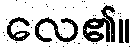
လေ၏။